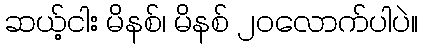
ဆယ့်ငါး မိနစ်၊ မိနစ် ၂၀လောက်ပါပဲ။